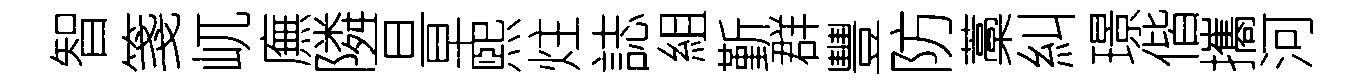
智箋屼廡隣亘早煕炷誌組斳群豐防藁糾璟偕攜河